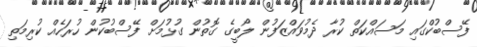
ފޭސްބުކްގައި މަސައްކަތް ކުރާ ދެމުވައްޒަފުން ލޯބީގެ ގޮތުން ގުޅުމަށް ފޭސްބުކުން ހުރަހެއް ކުރިމަތި